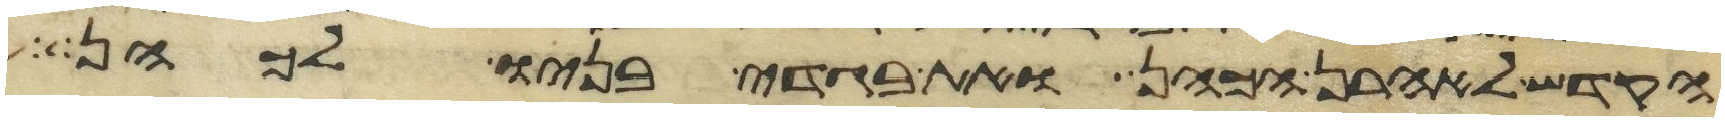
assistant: הקדש לאהרן הכהן ואת בגדי בניו לכהן